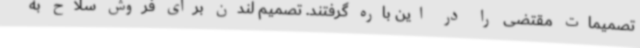
تصمیمات مقتضی را در این باره گرفتند. تصمیم لندن برای فروش سلاح به